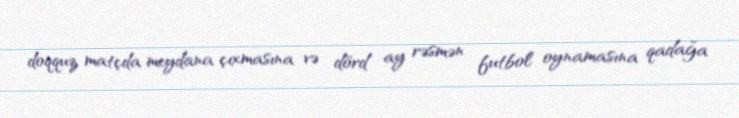
doqquz matçda meydana çıxmasına və dörd ay rəsmən futbol oynamasına qadağa